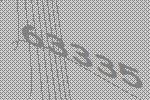
63335